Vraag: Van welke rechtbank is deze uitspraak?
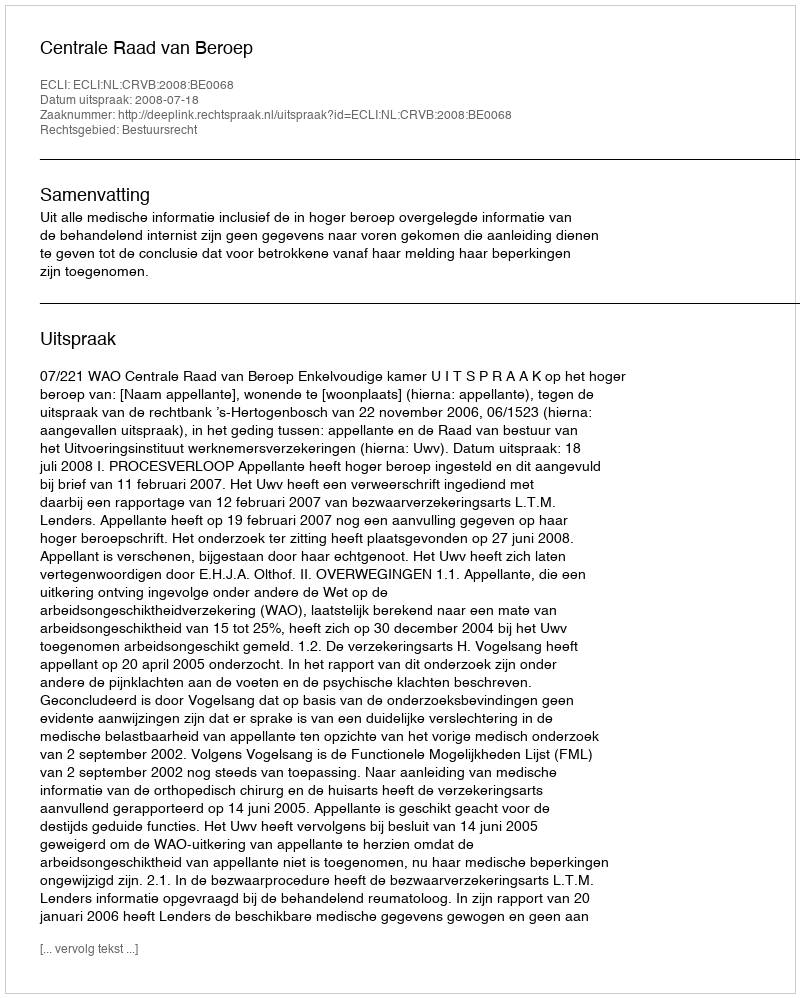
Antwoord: Centrale Raad van Beroep